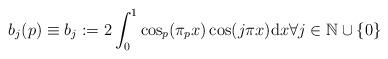
LaTeX: \begin{align*} b_j(p)\equiv b_j:=2\int_0^1 \cos_p(\pi_p x) \cos(j \pi x) \mathrm{d}x \forall j \in \mathbb{N}\cup\{0\}\end{align*}